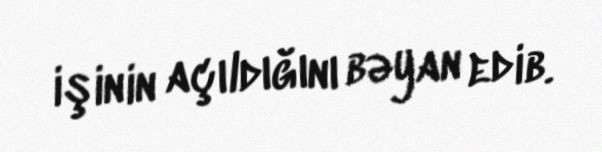
işinin açıldığını bəyan edib.